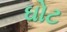
ઘોટ